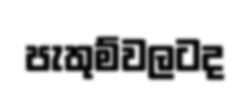
පැතුම්වලටද